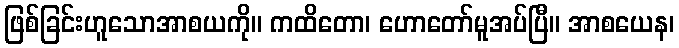
ဖြစ်ခြင်းဟူသောအာစယကို။ ကထိတော၊ ဟောတော်မူအပ်ပြီ။ အာစယေန၊